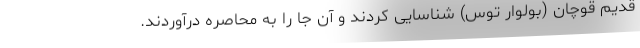
قدیم قوچان (بولوار توس) شناسایی کردند و آن جا را به محاصره درآوردند.